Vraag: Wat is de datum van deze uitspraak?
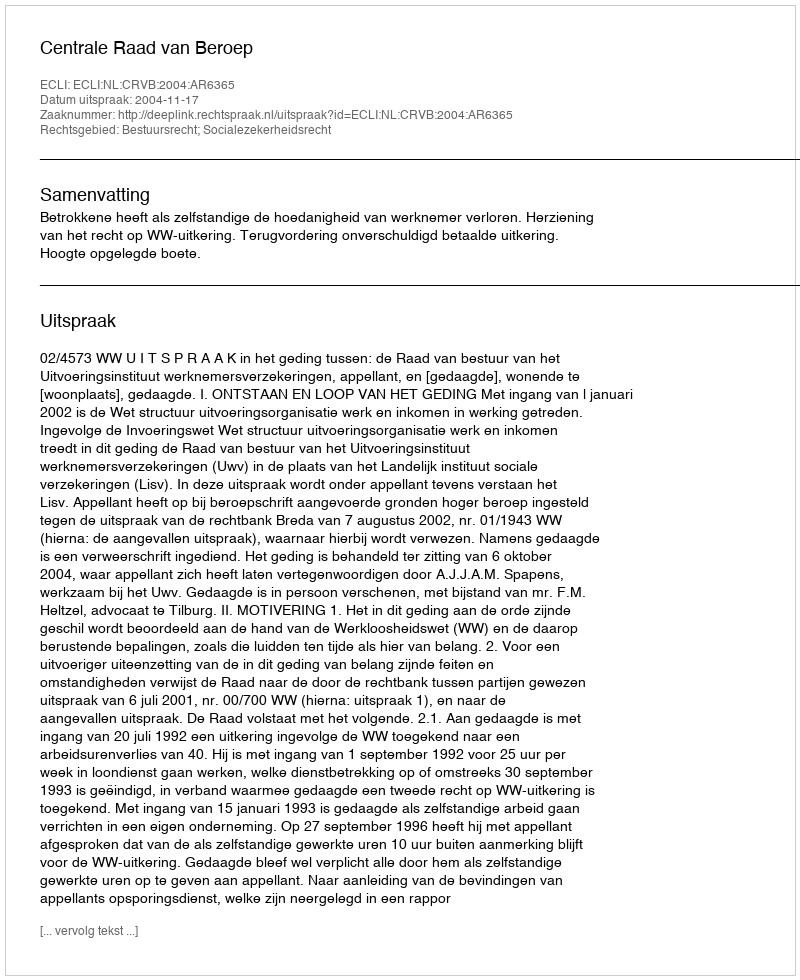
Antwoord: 2004-11-17